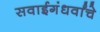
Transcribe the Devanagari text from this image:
सवाईगंधर्वांचे